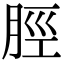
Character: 脛